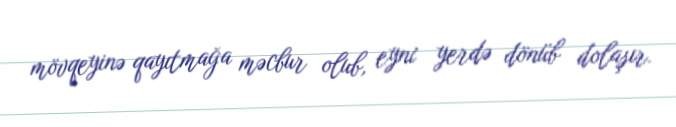
mövqeyinə qayıtmağa məcbur olub, eyni yerdə dönüb dolaşır.